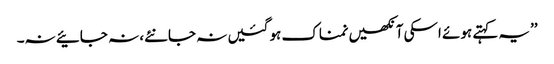
’’یہ کہتے ہوئے اسکی آنکھیں نمناک ہو گئیں نہ جانئے، نہ جائیے نہ۔